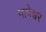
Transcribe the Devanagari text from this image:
गापेश्वर